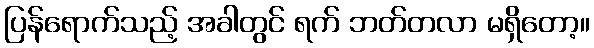
ပြန်ရောက်သည့် အခါတွင် ရက် ဘတ်တလာ မရှိတော့။